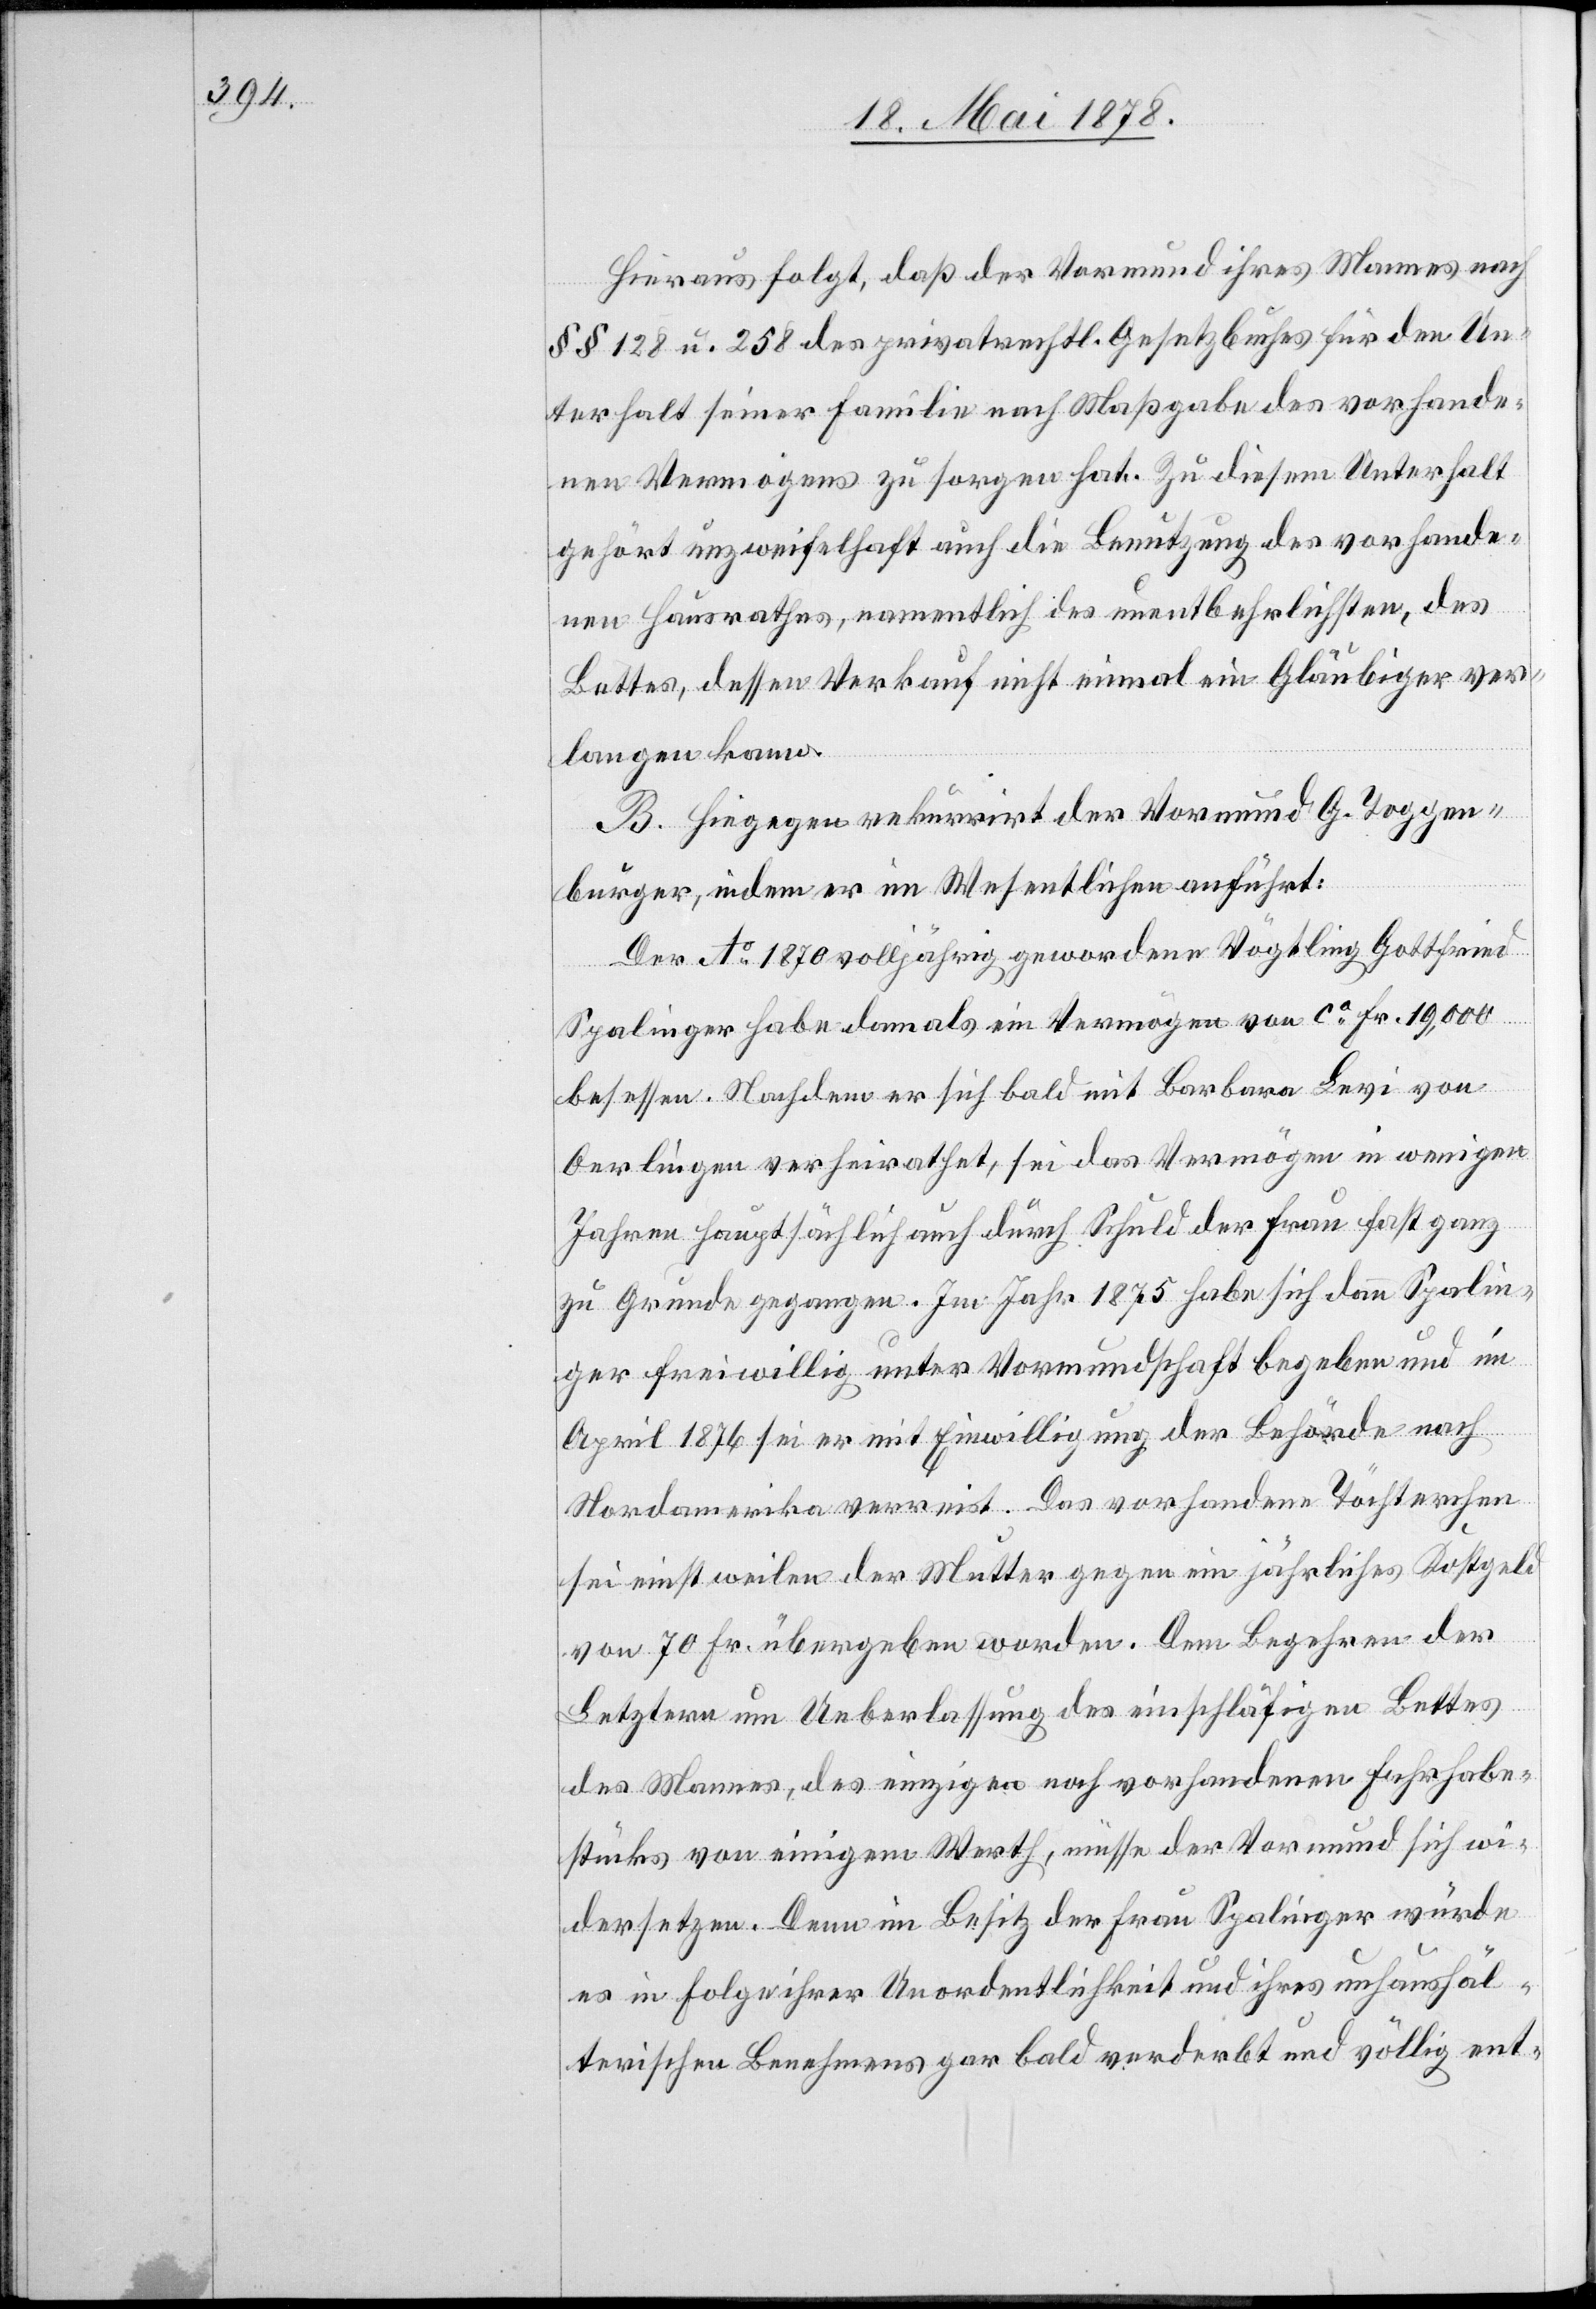
Hieraus folgt, daß der Vormund ihres Mannes nach
§§ 128 u. 258 des privatrechtl. Gesetzbuches für den Un¬
terhalt seiner Famile nach Maßgabe des vorhande¬
nen Vermögens zu sorgen hat. Zu diesem Unterhalt
gehört unzweifelhaft auch die Benutzung des vorhande¬
nen Hausrathes, namentlich des unentbehrlichsten, des
Bettes, dessen Verkauf nicht einmal ein Gläubiger ver¬
langen kann.
B. Hiegegen rekurrirt der Vormund G. Toggen¬
burger, indem er im Wesentlichen anführt:
Der Ao 1870 volljährig gewordene Vögtling Gottfried
Spalinger habe damals ein Vermögen von ca Fr. 19,000
besessen. Nachdem er sich bald mit Barbara Levi von
Oerlingen verheirathet, sei das Vermögen in wenigen
Jahren hauptsächlich auch durch Schuld der Frau fast ganz
zu Grunde gegangen. Im Jahr 1875 habe sich dann Spalin¬
ger freiwillig unter Vormundschaft begeben und im
April 1876 sei er mit Einwilligung der Behörde nach
Nordamerika verreist. Das vorhandene Töchterchen
sei einstweilen der Mutter gegen ein jährliches Kostgeld
von 70 Fr. übergeben worden. Dem Begehren der
Letztern um Ueberlassung des einschläfigen Bettes
des Mannes, des einzigen noch vorhandenen Fahrhabe¬
stücks von einigem Werth, müsse der Vormund sich wi¬
dersetzen. Denn im Besitz der Frau Spalinger würde
es in Folge ihrer Unordentlichkeit und ihres unhaushäl¬
terischen Benehmens gar bald verderbt und völlig ent-